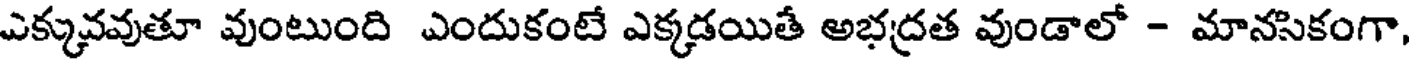
ఎక్కువవుతూ వుంటుంది ఎందుకంటే ఎక్కడయితే అభద్రత వుండాలో - మానసికంగా,